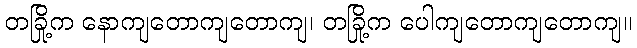
တခြို့က နောကျတောကျတောကျ၊ တခြို့က ပေါကျတောကျတောကျ။